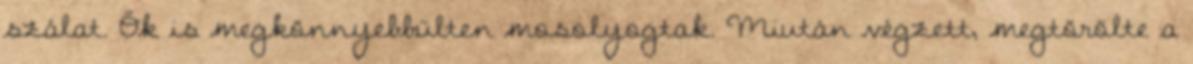
szálat. Ők is megkönnyebbülten mosolyogtak. Miután végzett, megtörölte a